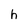
Character: h